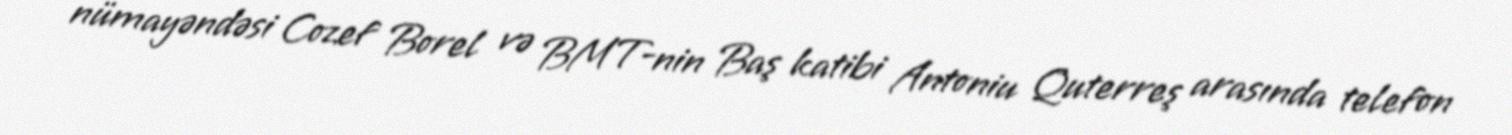
nümayəndəsi Cozef Borel və BMT-nin Baş katibi Antoniu Quterreş arasında telefon